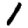
Digit: 1